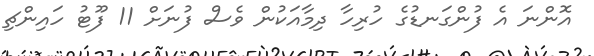
އޮންނަ އެ ފުންގަނޑުގެ ހުރިހާ ދިމާއަކުން ވެސް ފުނަށް 11 ފޫޓު ހައިންޗި